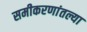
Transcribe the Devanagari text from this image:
समीकरणांतल्या